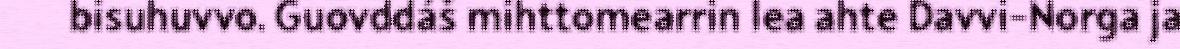
bisuhuvvo. Guovddáš mihttomearrin lea ahte Davvi-Norga ja